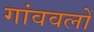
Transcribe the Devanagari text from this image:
गांववलों